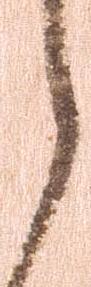
候